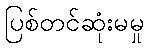
ပြစ်တင်ဆုံးမမှု